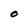
Character: O